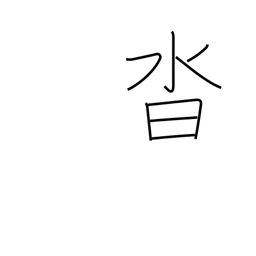
Meaning: shoes